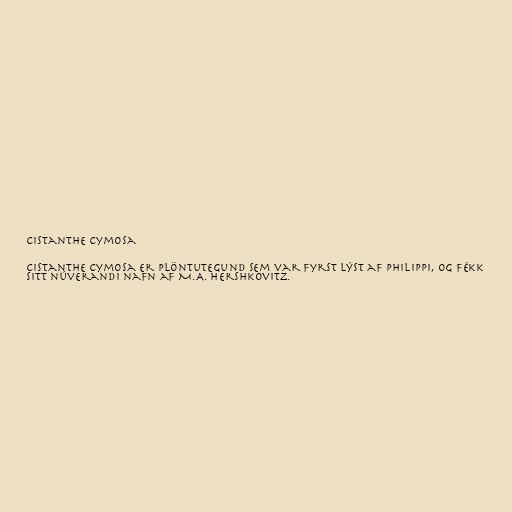
Cistanthe cymosa

Cistanthe cymosa er plöntutegund sem var fyrst lýst af Philippi, og fékk
sitt núverandi nafn af M.A. Hershkovitz.